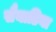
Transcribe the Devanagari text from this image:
सैयाडिया